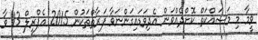
ވީމާ މި މަސައްކަތް ކޮށްދެއްވަން އެދިވަޑައިގަންނަވާ ފަރާތްތަކުން 2015 އެޕްރީލް 13 ވާ